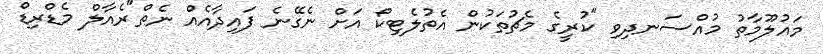
މައުލޫމާތު މުއްސަނދިވި "ކުރީގެ މެޗުތަކުން އެތުލެޓިކޯ އަށް ނެގޭނެ ފައިދާއެއް ނެތް"ރެއާލް މެޑްރިޑް